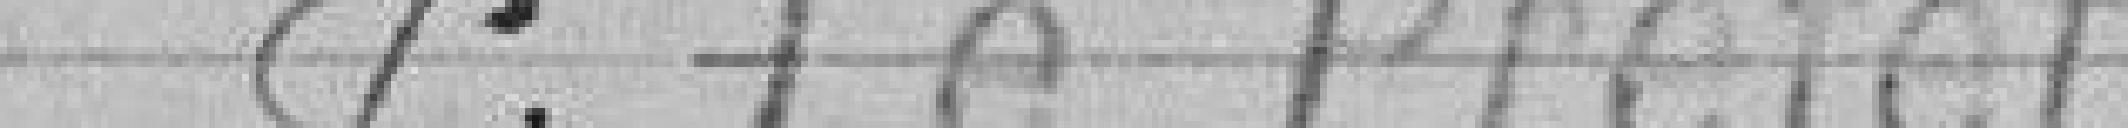
P. Le Préfet